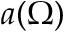
a ( \Omega )